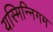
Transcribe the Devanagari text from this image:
यस्मिन्निगम